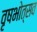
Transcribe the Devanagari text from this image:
वृषभोत्सव